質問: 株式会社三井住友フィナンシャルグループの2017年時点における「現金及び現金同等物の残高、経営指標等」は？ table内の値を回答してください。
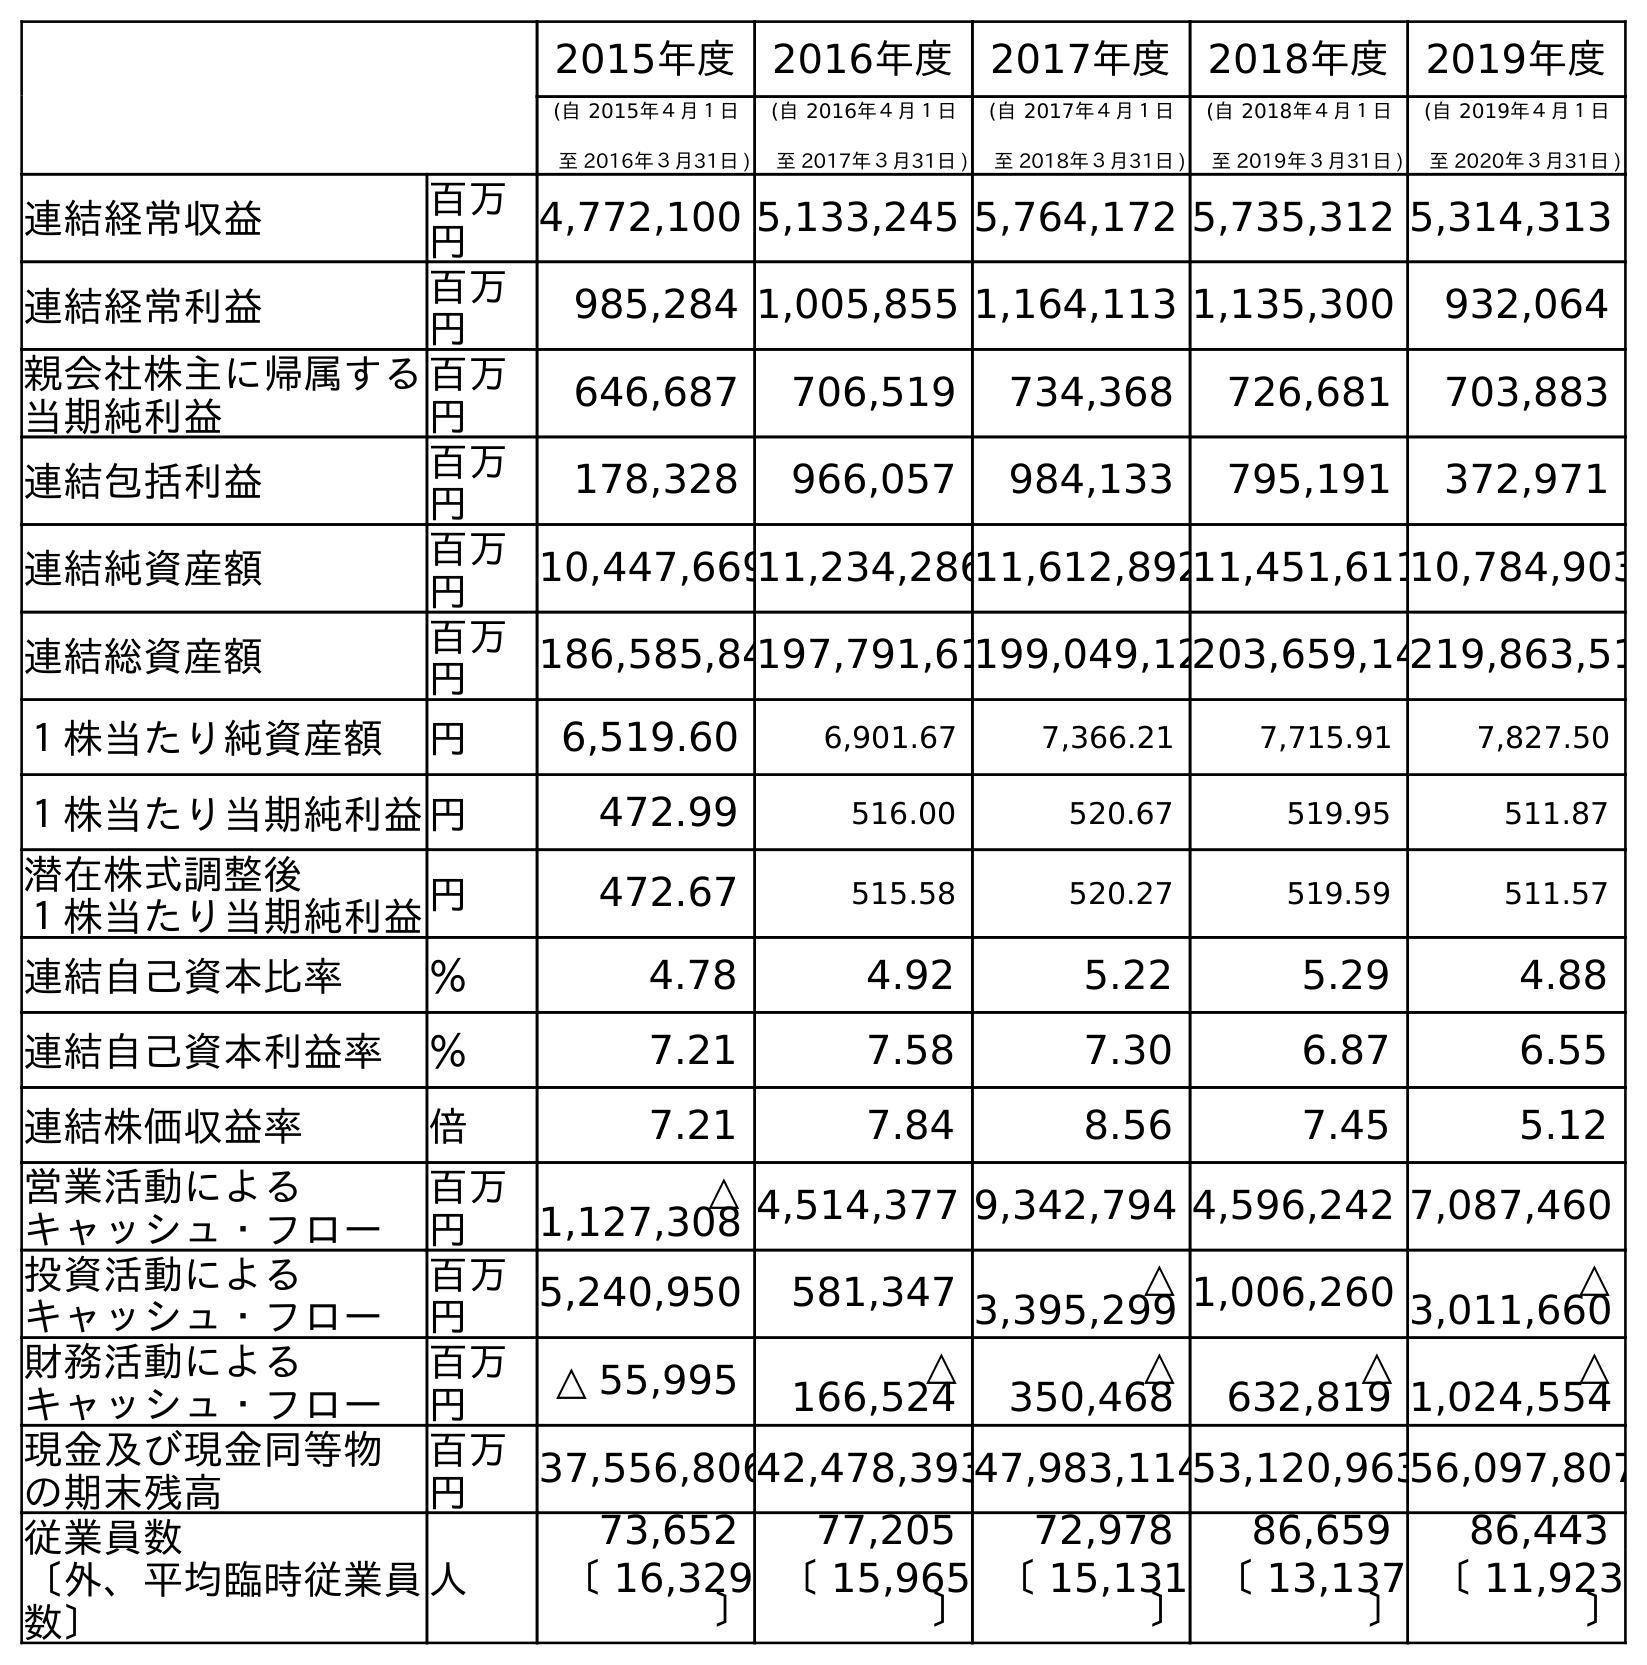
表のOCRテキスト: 2015年度 2016年度 2017年度 2018年度 2019年度 (自 2015年４月１日 至 2016年３月31日 ) (自 2016年４月１日 至 2017年３月31日 ) (自 2017年４月１日 至 2018年３月31日 ) (自 2018年４月１日 至 2019年３月31日 ) (自 2019年４月１日 至 2020年３月31日 ) 連結経常収益 百万 円 4,772,100 5,133,245 5,764,172 5,735,312 5,314,313 連結経常利益 百万 円 985,284 1,005,855 1,164,113 1,135,300 932,064 親会社株主に帰属する 当期純利益 百万 円 646,687 706,519 734,368 726,681 703,883 連結包括利益 百万 円 178,328 966,057 984,133 795,191 372,971 連結純資産額 百万 円 10,447,66911,234,28611,612,89211,451,61110,784,903 連結総資産額 百万 円 186,585,84197,791,61199,049,12203,659,14219,863,51 １株当たり純資産額 円 6,519.60 6,901.67 7,366.21 7,715.91 7,827.50 １株当たり当期純利益円 472.99 516.00 520.67 519.95 511.87 潜在株式調整後 １株当たり当期純利益円 472.67 515.58 520.27 519.59 511.57 連結自己資本比率 ％ 4.78 4.92 5.22 5.29 4.88 連結自己資本利益率 ％ 7.21 7.58 7.30 6.87 6.55 連結株価収益率 倍 7.21 7.84 8.56 7.45 5.12 営業活動による キャッシュ・フロー 百万 円 △ 1,127,308 4,514,377 9,342,794 4,596,242 7,087,460 投資活動による キャッシュ・フロー 百万 円 5,240,950 581,347 △ 3,395,299 1,006,260 △ 3,011,660 財務活動による キャッシュ・フロー 百万 円 △ 55,995 △ 166,524 △ 350,468 △ 632,819 △ 1,024,554 現金及び現金同等物 の期末残高 百万 円 37,556,80642,478,39347,983,11453,120,96356,097,807 従業員数 〔外、平均臨時従業員 数〕 人 73,652 77,205 72,978 86,659 86,443 〔 16,329 〕 〔 15,965 〕 〔 15,131 〕 〔 13,137 〕 〔 11,923 〕
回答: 42,478,393